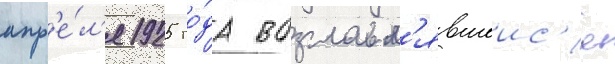
апр'е́л'я 1925 го́да возглавл'явшеис'я